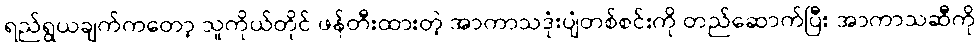
ရည်ရွယချက်ကတော့ သူကိုယ်တိုင် ဖန်တီးထားတဲ့ အာကာသဒုံးပျံတစ်စင်းကို တည်ဆောက်ပြီး အာကာသဆီကို